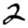
Digit: 2